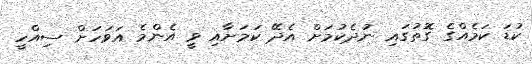
ކުޑަ ކަމެއްގެ ގޮތުގައި ނުދެކުމަށް އެދޭ ކަމަށާއި ވީ އެންމެ އަވަހަށް ސިއްހީ